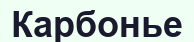
Карбонье